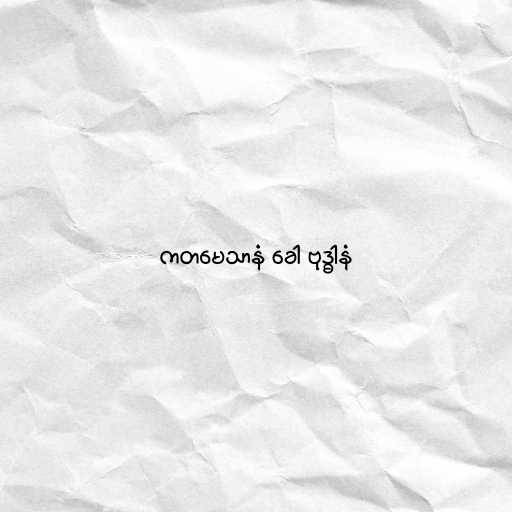
ကတမေသာနံ ခေါ ဗုဒ္ဓါနံ